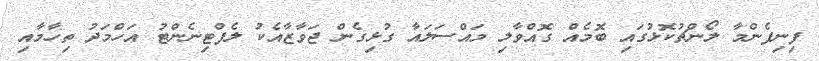
ފިނިފެންމާ ލޯންޗުކޮޅުގައި ބޮމެއް ގޮއްވާލި މައްސަލައާ ގުޅިގެން ޖަވާޒާއެކު ލެފްޓިނެންޓު އަހްމަދު ތިހާމާއި